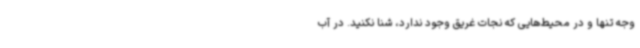
وجه تنها و در محیط‌هایی که نجات غریق وجود ندارد، شنا نکنید. در آب